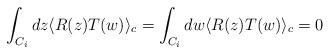
LaTeX: \begin{align*}\int_{C_i}dz\langle R(z) T(w) \rangle_c =\int_{C_i}dw\langle R(z) T(w) \rangle_c =0\end{align*}